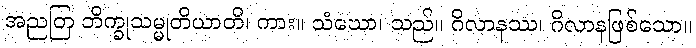
အညတြ ဘိက္ခုသမ္မုတိယာတိ၊ ကား။ သံဃော၊ သည်။ ဂိလာနဿ၊ ဂိလာနဖြစ်သော။